Leaving Certificate Examination, 1920
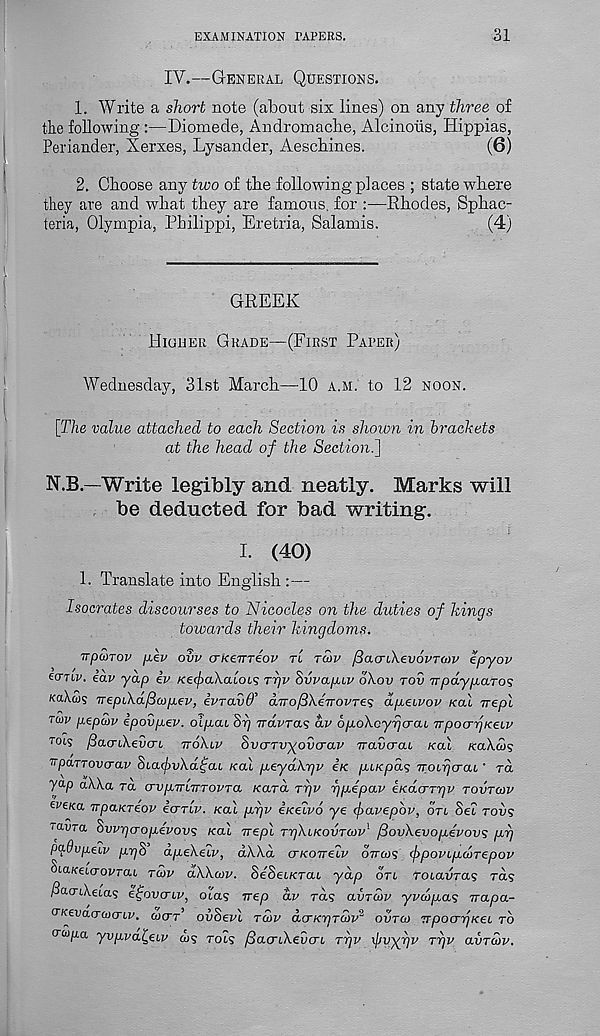
EXAMINATION PAPERS.
31
IV.—General Questions.
1. Write a short note (about six lines) on any three of
the following :—Diomede, Andromache, Alcinofis, Hippias,
Periander, Xerxes, Lysander, Aeschines.
(6)
2. Choose any two of the following places ; state where
they are and what they are famous, for :—Rhodes, Sphac-
teria, Olympia, Philippi, Eretria, Salamis.
(4)
GREEK
Higher Grade—(First Paper)
Wednesday, 31st March—10 a.m. to 12 noon.
i
.
_
.
.
[The value attached to each Section is shown in brackets
at the head of the Section.]
N.B.—Write legibly and neatly. Marks will
be deducted for bad writing.
I. (40)
1. Translate into English :—
Isocrates discourses to Nicocles on the duties of kings
towards their kingdoms.
TTpaiTov p.ev ovv crkenTeov tl tuv /3acnXev6vTO)v epyov
ecnw. eav yap iv KetpaXatois rrjv hvvap.iv SXov tov Trpdyp.aTOS
KaXus nepiXaficopev, ivTavd’ aTTofiXeTrovres dp,eivov /cat irepl
Tm pepaiv ipovpev. olpai Srj Travras dv 6p.oXcyrjcrai, npocnjKeLv
rot? /SaorAeucrt ttoXlv hvaTvyovcrav rravcrai /cat KaXS><;
vpaTTOvaav Sta<£uA.ctfat /cat p.eydXr]v e/c p,t/cpas iroifjcrat,' rd
yap aXXa ra crvp.7rlittovta Kara ttjv r)p.epav eKOicxTrjv tovtcov
tvesa npaKreov icrrlv. Kat p,r]v iicelvo ye <f>avepbv, otl Set rot?
raura hvvrjcropevovs /cat Trept rrjXiKovTcov' /3ovXevop.evovs p.rj
pa.9vpeiv pipS’ dp.eXeiv, dXXd (TKOTreLv oVa/s <ppovi.p.d)Tepov
Sta/cetcroprat tuv dXXcov. Se^et/crat yap ort rotauras rd?
/3acrAeias e^ovcriv, ota? irep dv rd? avTciov yva>p.as Trapa-
Ckevaacocnv. oictt’ oi/Sevl t5)v (Xctktjtcov* ovtco TrpocnqKeL to
aupa yvpva^etv a/? rots ySacrtXeOcrt ttjv ijjvyfjv rrjv avrdv.